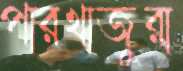
পারখাজুরা